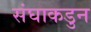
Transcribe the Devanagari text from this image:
संघाकडुन